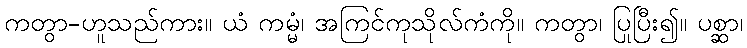
ကတွာ-ဟူသည်ကား။ ယံ ကမ္မံ၊ အကြင်ကုသိုလ်ကံကို။ ကတွာ၊ ပြုပြီး၍။ ပစ္ဆာ၊